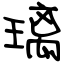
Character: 璃